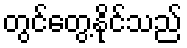
တွင်တွေ့နိုင်သည်